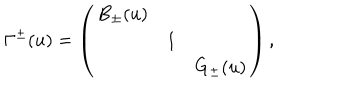
\Gamma ^ { \pm } ( u ) = \left( \begin{array} { c c c } { { B _ { \pm } ( u ) } } & { { } } & { { } } \\ { { } } & { { 1 } } & { { } } \\ { { } } & { { } } & { { G _ { \pm } ( u ) } } \\ \end{array} \right) ,